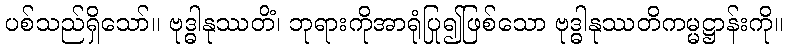
ပစ်သည်ရှိသော်။ ဗုဒ္ဓါနုဿတိံ၊ ဘုရားကိုအာရုံပြု၍ဖြစ်သော ဗုဒ္ဓါနုဿတိကမ္မဋ္ဌာန်းကို။